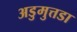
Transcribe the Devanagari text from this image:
अडुमुत्तडा